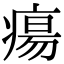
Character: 瘍